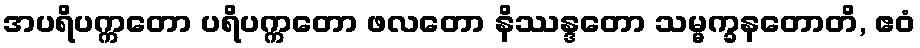
အပရိပက္ကတော ပရိပက္ကတော ဖလတော နိဿန္ဒတော သမ္မက္ခနတောတိ, ဧဝံ